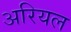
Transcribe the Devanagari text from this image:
अरियल